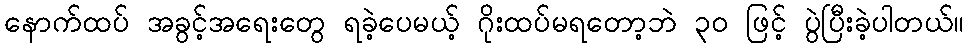
နောက်ထပ် အခွင့်အရေးတွေ ရခဲ့ပေမယ့် ဂိုးထပ်မရတော့ဘဲ ၃၀ ဖြင့် ပွဲပြီးခဲ့ပါတယ်။